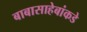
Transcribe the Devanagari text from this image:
बाबासाहेबांकडे